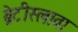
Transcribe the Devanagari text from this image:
ब्रेटीस्लावा